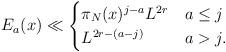
LaTeX: \begin{align*}E_a(x) \ll \begin{cases}\pi_N(x)^{j-a}L ^{2r} &a \leq j\\L^{2r - (a-j)} &a > j.\\\end{cases}\end{align*}